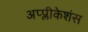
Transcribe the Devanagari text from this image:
अप्प्लीकेशंस